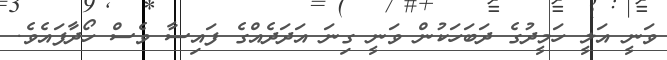
ވަނީ އަލީ ހަމީދުގެ ދަބަހަކުން ވަނީ ގިނަ އަދަދެއްގެ ފައިސާ ވެސް ހޯދާފައެވެ.